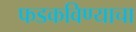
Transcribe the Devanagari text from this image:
फडकविण्याचा